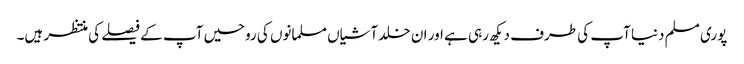
پوری مسلم دنیا آپ کی طرف دیکھ رہی ہے اور ان خلد آشیاں مسلمانوں کی روحیں آپ کے فیصلے کی منتظر ہیں۔